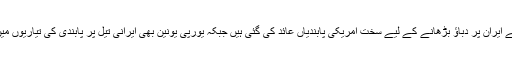
اسی دوران ہم نے ایران پر دباؤ بڑھانے کے لیے سخت امریکی پابندیاں عائد کی گئی ہیں جبکہ یورپی یونین بھی ایرانی تیل پر پابندی کی تیاریوں میں مصروف ہے۔